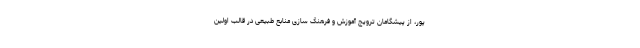
پور، از پیشگامان ترویج آموزش و فرهنگ سازی منابع طبیعی در قالب اولین